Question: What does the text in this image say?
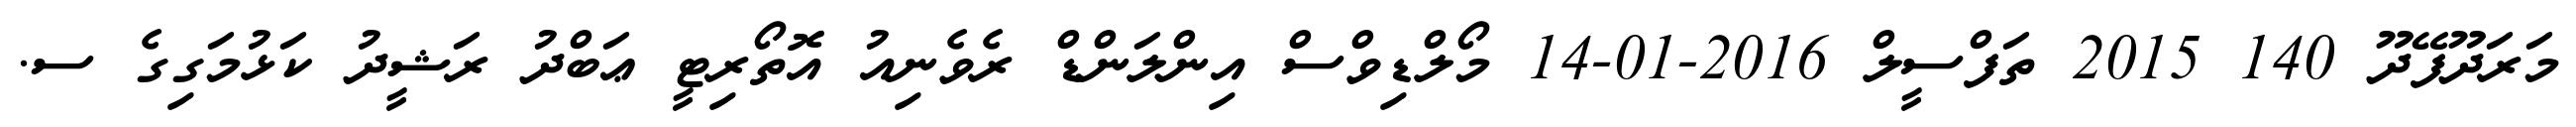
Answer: މަރަދޫފޭދޫ 140 2015 ތަފްސީލް 2016-01-14 މޯލްޑިވްސް އިންލަންޑް ރެވެނިއު އޮތޯރިޓީ ޢަބްދު ރަޝީދު ކަޅުމަގިގެ ސ.